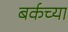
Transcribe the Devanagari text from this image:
बर्कच्या